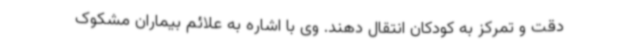
دقت و تمرکز به کودکان انتقال دهند. وی با اشاره به علائم بیماران مشکوک